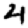
Digit: 4